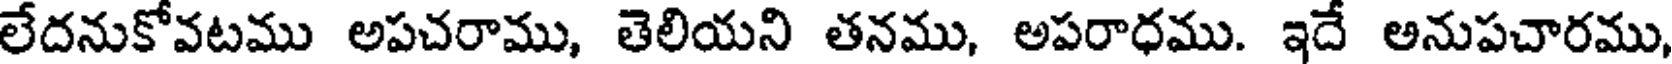
లేదనుకోవటము అపచరాము, తెలియని తనము, అపరాధము. ఇదే అనుపచారము,